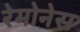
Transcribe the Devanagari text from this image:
रेमोनेस